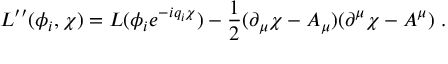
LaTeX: L ^ { \prime \prime } ( \phi _ { i } , \chi ) = L ( \phi _ { i } e ^ { - i q _ { i } \chi } ) - \frac { 1 } { 2 } ( \partial _ { \mu } \chi - A _ { \mu } ) ( \partial ^ { \mu } \chi - A ^ { \mu } ) \ .